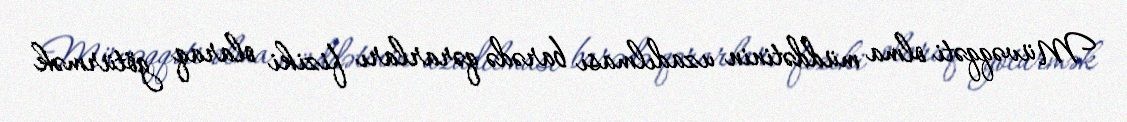
Müvəqqəti olma müddətinin uzadılması barədə qərarları fiziki olaraq götürmək